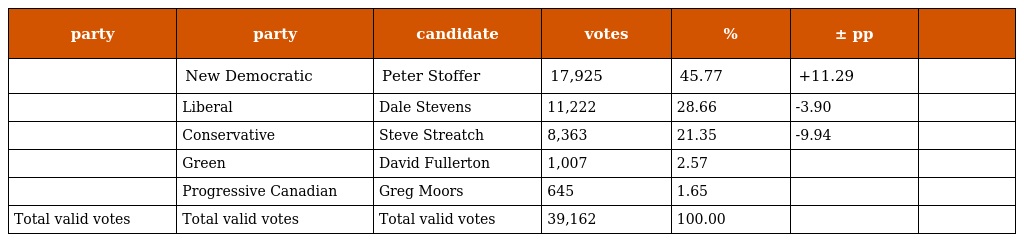
| party | party | candidate | votes | % | ± pp |  |
 | --- | --- | --- | --- | --- | --- | --- |
 |  | New Democratic | Peter Stoffer | 17,925 | 45.77 | +11.29 |  |
 |  | Liberal | Dale Stevens | 11,222 | 28.66 | -3.90 |  |
 |  | Conservative | Steve Streatch | 8,363 | 21.35 | -9.94 |  |
 |  | Green | David Fullerton | 1,007 | 2.57 |  |  |
 |  | Progressive Canadian | Greg Moors | 645 | 1.65 |  |  |
 | Total valid votes | Total valid votes | Total valid votes | 39,162 | 100.00 |  |  |